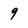
Character: 9